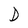
Character: D